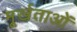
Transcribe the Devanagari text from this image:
मूर्खताओं